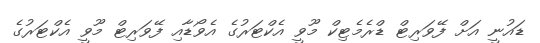
ޑައުނީ އަށް ފޭވަރިޓް ޑްރެމެޓިކް މޫވީ އެކްޓަރުގެ އެވޯޑާއި ފޭވަރިޓް މޫވީ އެކްޓަރުގެ